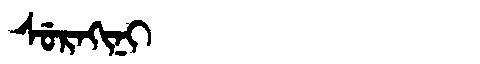
Manchu: ᠰᡠᡵᠠᡴᡳᠨᡳ
Romanization: SURAKINI